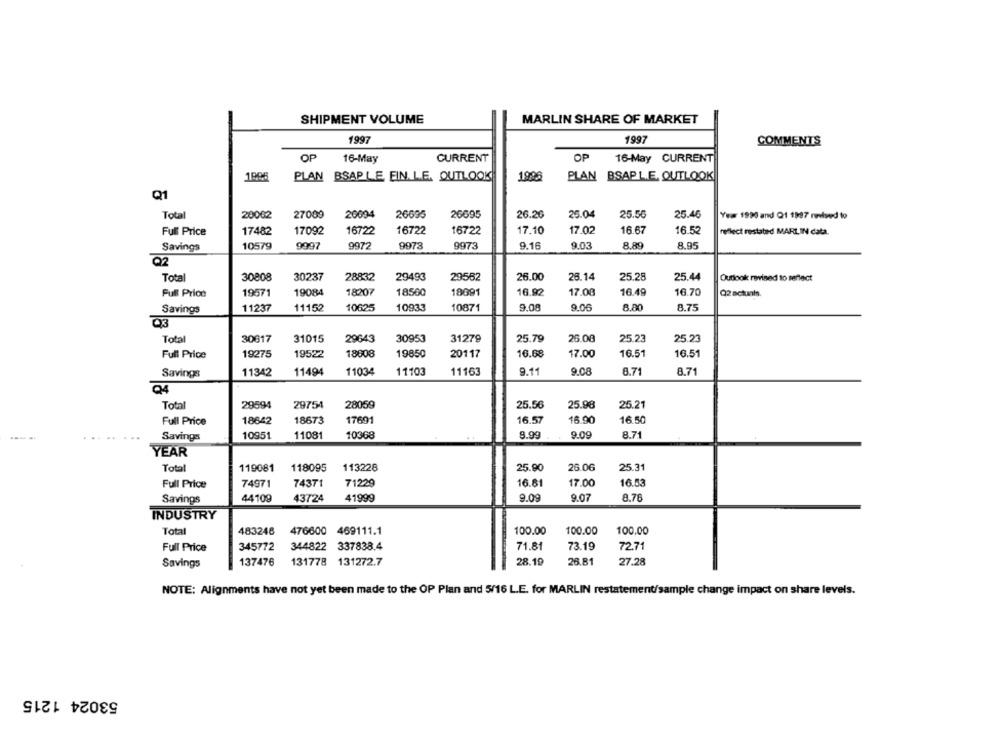
SHIPMENT VOLUME
MARLIN SHARE OF MARKET
1997
1997
COMMENTS
OP
16-May
CURRENT
OP
16-May CURRENT
PLAN BSAPLE EIN. LE. OUTLOOK
1998
PLAN
BSAP L.E. OUTLOOK
Q1
Total
20002
27009
20094
26695
26695
26.20
25.04
25.56
25.46
Year 1990 and Q1 1987 rised to
Full Price
17482
17092
16722
16722
16722
17.10
17.02
16.67
16.52
reflect restated MARLIN data.
10579
9973
9973
9.16
9.03
8.89
8.95
Savings
9997
9972
Q2
Total
30808
30237
28832
29493
29562
26.00
26.14
25.28
25.44
Outlook revised to reflect
Full Price
19571
19084
18207
18560
18691
16.92
17.08
16.49
16.70
Q2 actuals.
Savings
11237
11152
10625
10933
10871
9.08
9.06
8.80
8.75
Q3
Total
30617
31015
29643
30953
31279
25.79
26.08
25.23
25.23
Full Price
19275
19522
18608
19850
20117
16.68
17.00
16.51
16.51
11342
11494
11034
11103
11163
9.11
9.08
8.71
8.71
Savings
Q4
Total
29594
29754
28059
25.56
25.98
25.21
Full Price
18642
18673
17691
16.57
16.90
16.50
Savingss
10951
11081
10368
8.99
9.09
8.71
YEAR
Total
119081
118095
113228
25.90
26.06
25.31
74971
74371
16.81
17.00
16.53
Full Price
71229
44109
43724
41999
9.09
9.07
8.76
Savings
INDUSTRY
Total
483248 476600 469111.1
100.00
100.00
100.00
Full Price
345772
344822
337838.4
71.81
73.19
72.71
Savings
137476
131778 131272.7
28.19
26.81
27.28
NOTE: Alignments have not yet been made to the OP Plan and 5/16 L.E. for MARLIN restatement/sample change impact on share levels.
53024 1215